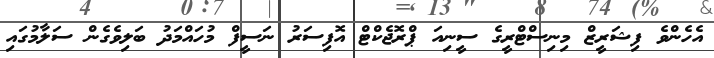
އެހެންވެ ފިޝަރީޒް މިނިސްޓްރީގެ ސީނިއަ ޕްރޮޖެކްޓް އޮފިސަރު ނަސީފް މުހައްމަދު ބަލިވެގެން ސަލާމުގައި